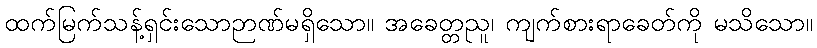
ထက်မြက်သန့်ရှင်းသောဉာဏ်မရှိသော။ အခေတ္တညူ၊ ကျက်စားရာခေတ်ကို မသိသော။